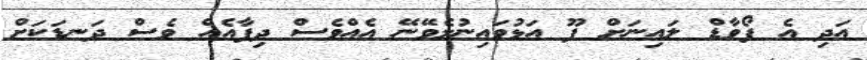
އަދި އެ ފޯވާޑް ލައިނަށް ފޫ އަޅުވައިނުލެވޭނޭ އެއްވެސް ދިފާއެއް ވެސް ދަނޑަކަށް